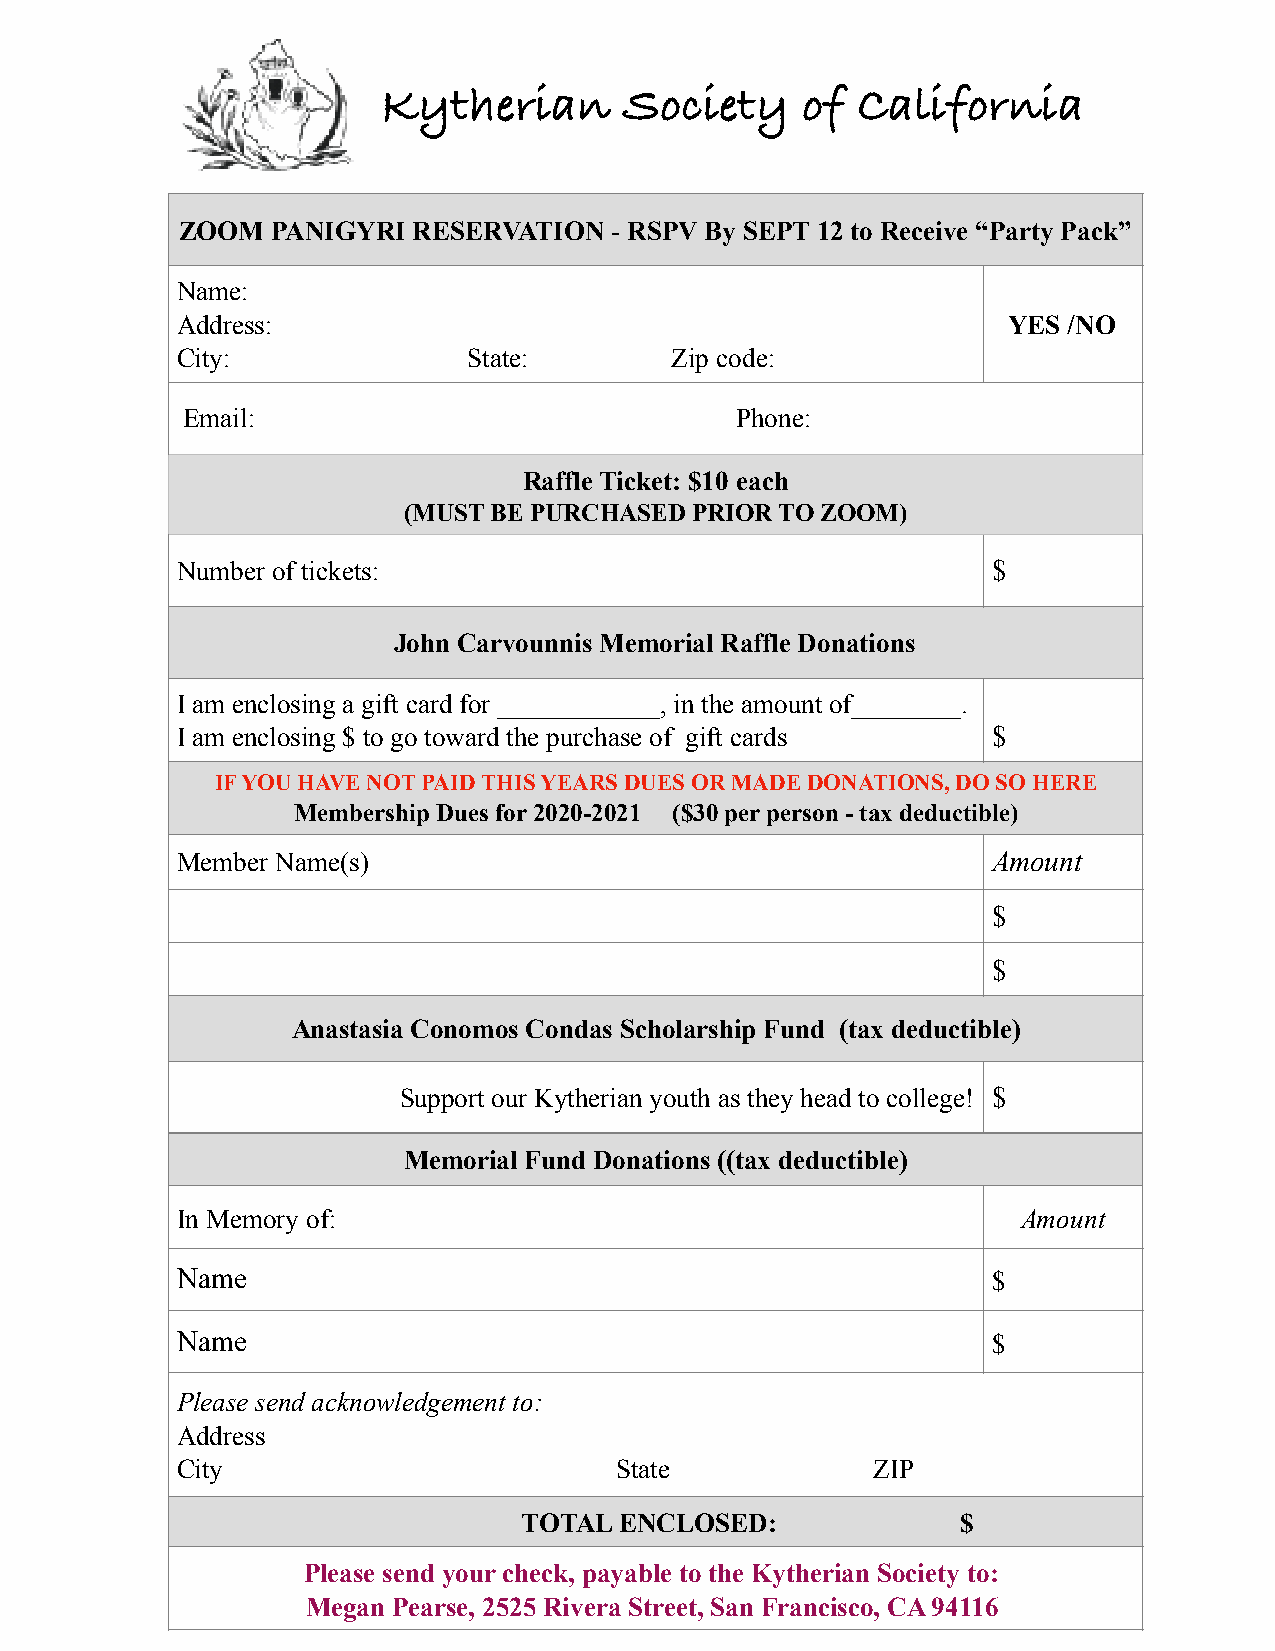
Kytherian       Society     of  California
 ZOOM  PANIGYRI RESERVATION   - RSPV By SEPT 12 to Receive “Party Pack”
 Name:
 Address:                                               YES /NO
 City:              State:       Zip code:
 Email:                               Phone:
 Raffle Ticket: $10 each
 (MUST BE PURCHASED PRIOR TO ZOOM)
 Number of tickets:                                    $
 John Carvounnis Memorial Raffle Donations
 I am enclosing a gift card for ____________, in the amount of________.
 I am enclosing $ to go toward the purchase of gift cards $
 IF YOU HAVE NOT PAID THIS YEARS DUES OR MADE DONATIONS, DO SO HERE
 Membership Dues for 2020-2021 ($30 per person - tax deductible)
 Member Name(s)                                        Amount
 $
 $
 Anastasia Conomos Condas Scholarship Fund (tax deductible)
 Support our Kytherian youth as they head to college! $
 Memorial Fund Donations ((tax deductible)
 In Memory of:                                           Amount
 Name                                                  $
 Name                                                  $
 Please send acknowledgement to:
 Address
 City                         State            ZIP
 TOTAL ENCLOSED:              $
 Please send your check, payable to the Kytherian Society to:
 Megan Pearse, 2525 Rivera Street, San Francisco, CA 94116